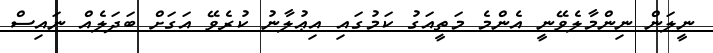
ނީލަން ނިންމާލެވޭނީ އެންމެ މަތީއަގު ކަމުގައި އިޢުލާނު ކުރެވޭ އަގަށް ބަދަލެއް ނައިސް